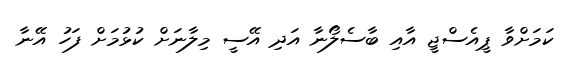
ކަމަށްވާ ޕީއެސްޖީ އާއި ބާސެލޯނާ އަދި އޭސީ މިލާނަށް ކުޅުމަށް ފަހު އޭނާ